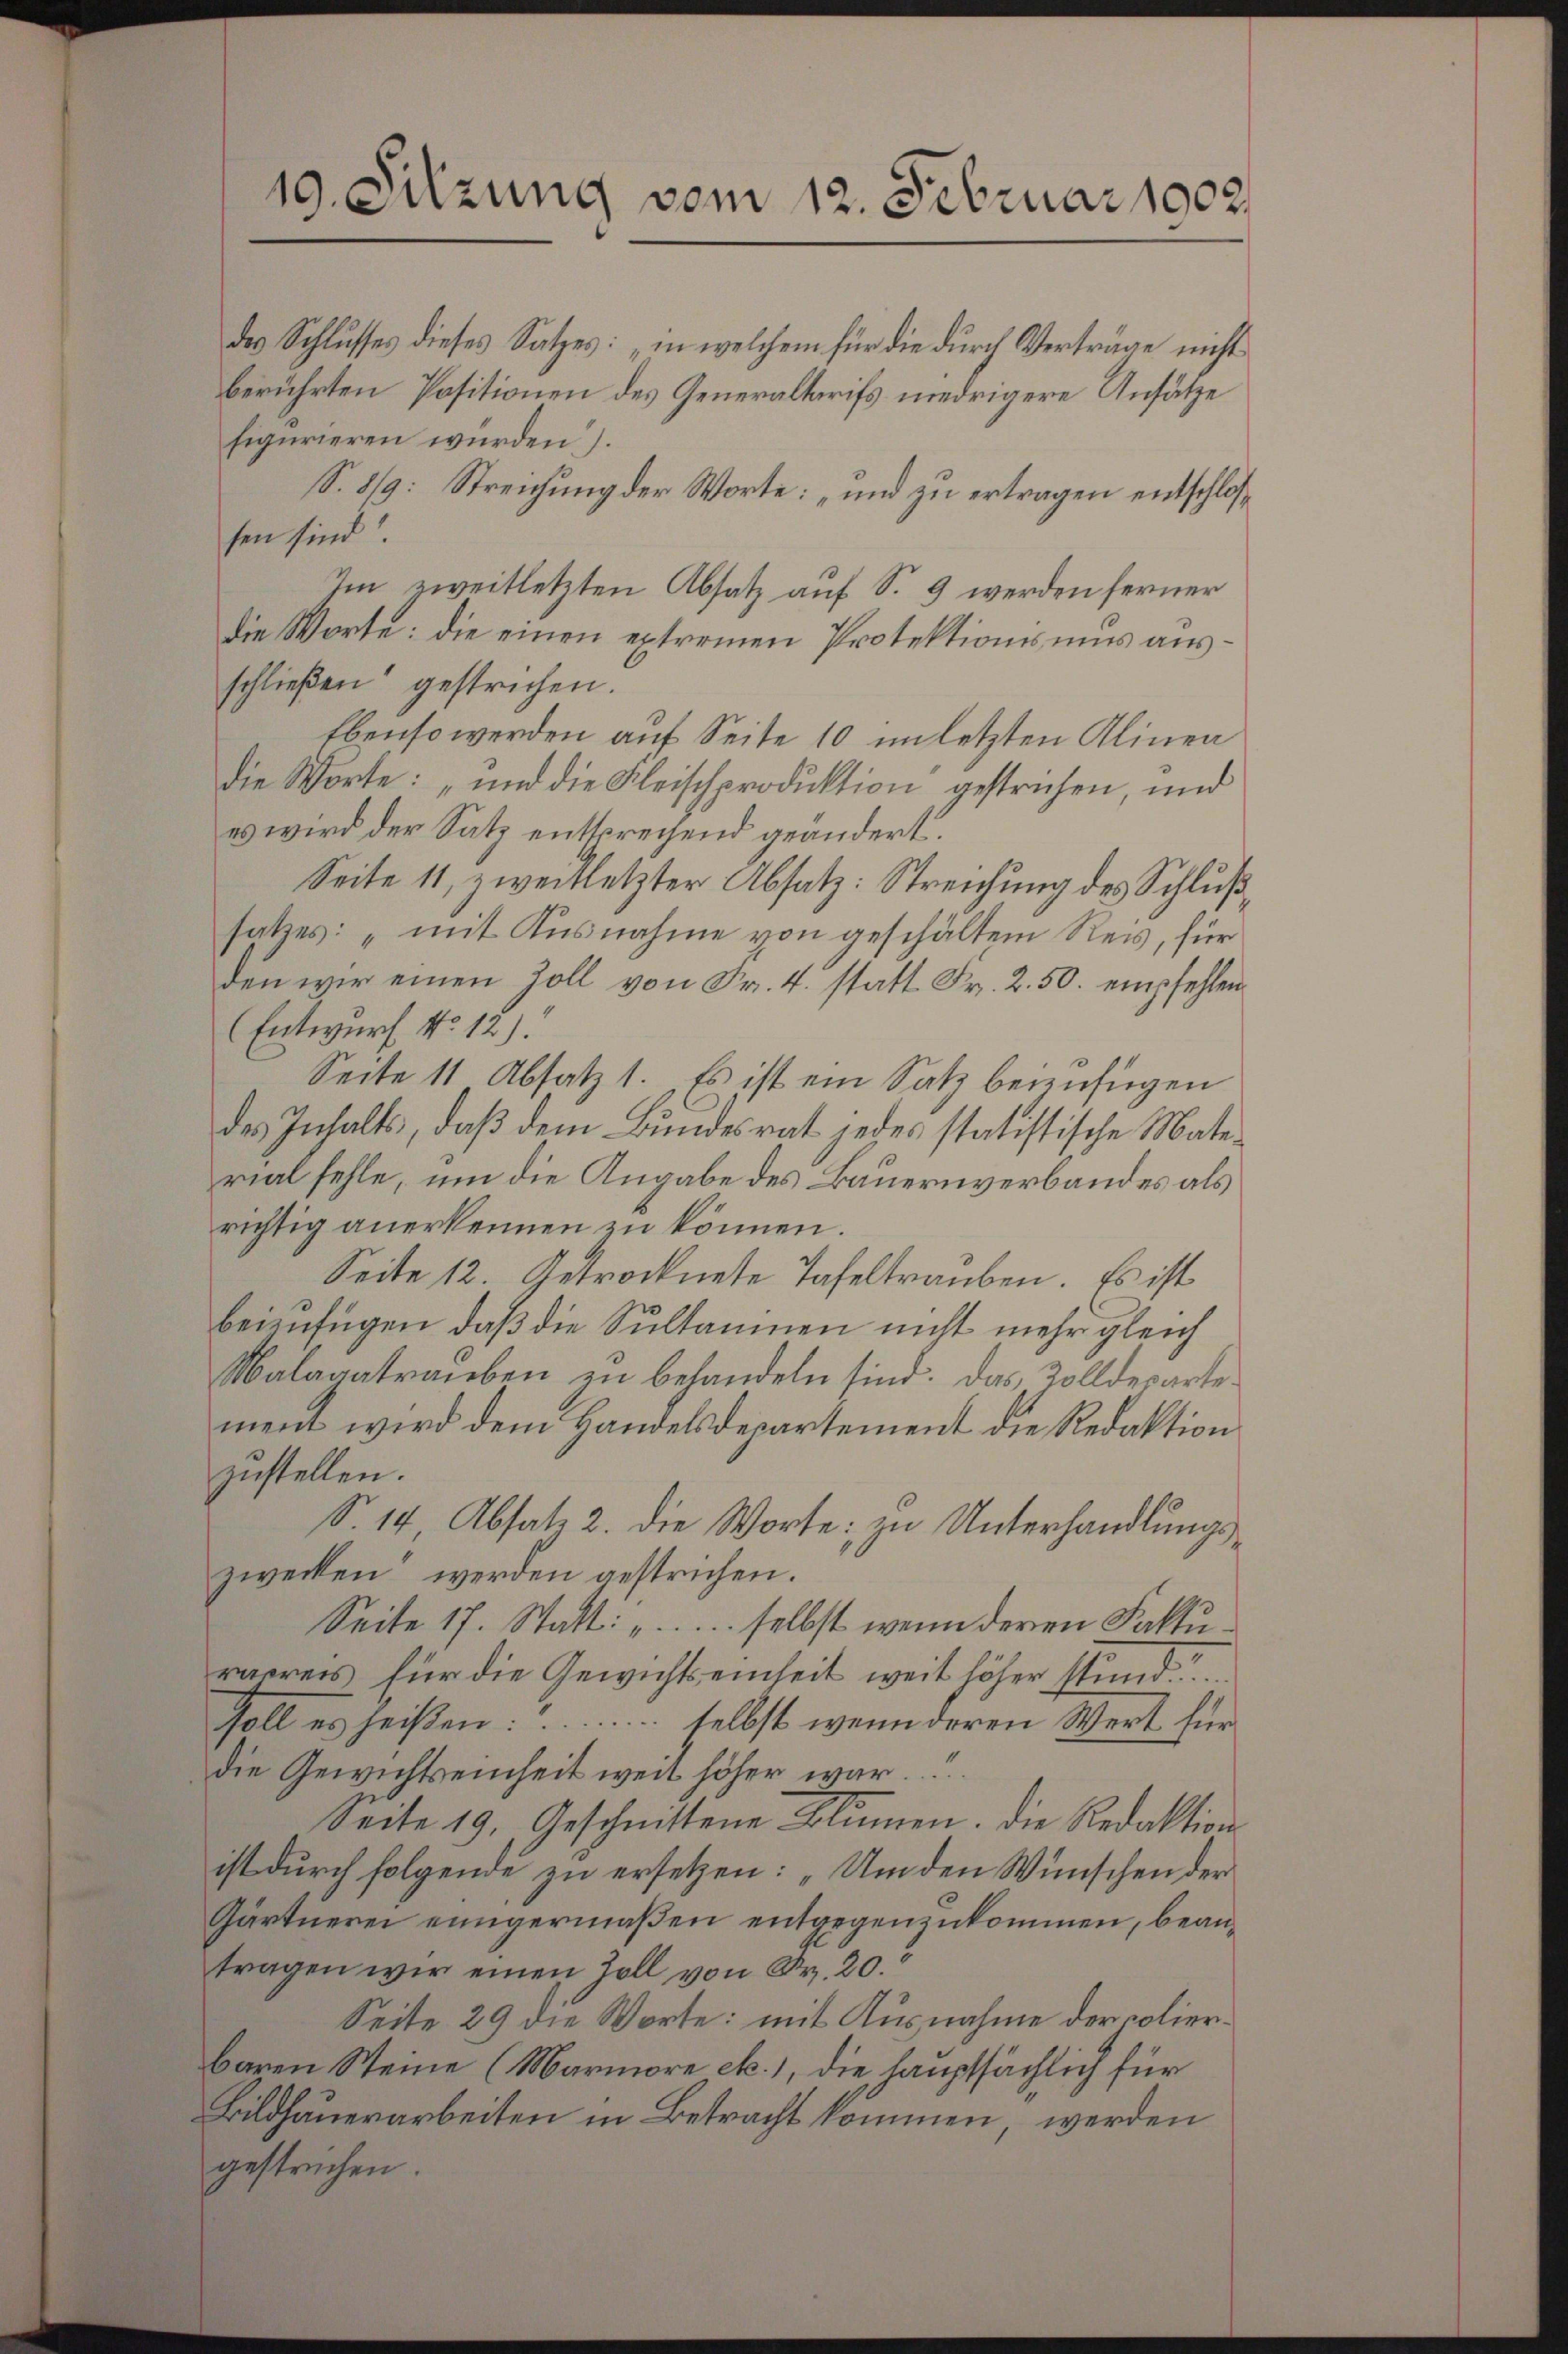
des Schlusses dieses Satzes: „in welchem für die durch Verträge nicht
berührten Positionen des Generaltarifs niedrigere Ansätze
S.8/9: Streichung der Worte: „und zu ertragen entschlos¬
Im zweitletzten Absatz auf S. 9 werden ferner
die Worte: die einen extremen Protektionsmis ausschließen gestrichen.
Ebenso werden auf Seite 10 im letzten Alinen
die Worte: „und die Fleischproduktion gestrichen, und
es wird der Satz enttregend geändert.
Seite 11, zweitletzter Absatz: Streichung des Schluß
satzes: „mit Ausnahme von geschältem Reis, für
den wir einen Zoll von Fr. 4. statt Fr. 2. 50. empfehlen
(Entwurf No 12).
Seite 11 Absatz 1. Es ist ein Satz beizufügen
des Inhalts, daß dem Bundesrat jedes statistische Material fehle, um die Angabe des Bauernverbandes als
richtig anerkennen zu können.
Seite 12. Getrocknete Tafeltrauben. Es ist
beizufügen, daß die Sultanien nicht mehr gleich
Malaaatrauben zu behandeln sind. Das Zolldepartement wird dem Handelsdepartement die Redaktion
zustellen.
S. 14, Absatz 2. die Worte: zu Unterhandlungszwecken werden gestrichen.
Seite 17. Statt: „ selbst wenn deren Fakturarreis für die Gewichtseinheit weit höher Stund
soll es heißen: selbst wenn deren Wert für
die Gewichtseinheit weit höher war.
Seite 19. Geschnittene Blumen. Die Redaktion
ist durch folgende zu ersetzen: „Um den Wünschen der
Gärtnerei einigermaßen entgegenzukommen, beantragen wir einen Zoll von Fr. 20.
Seite 29 die Worte: mit Ausnahme der colierbaren Steine (Marmore etc. 1, die hauptsächlich für
Bildhauerarbeiten in Betracht kommen, werden
gestreichen.

19. Sitzung vom 12. Februar 1902/

figurieren würden.
sen sind.